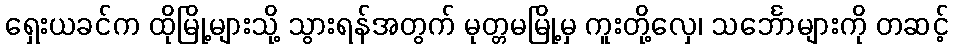
ရှေးယခင်က ထိုမြို့များသို့ သွားရန်အတွက် မုတ္တမမြို့မှ ကူးတို့လှေ၊ သင်္ဘောများကို တဆင့်